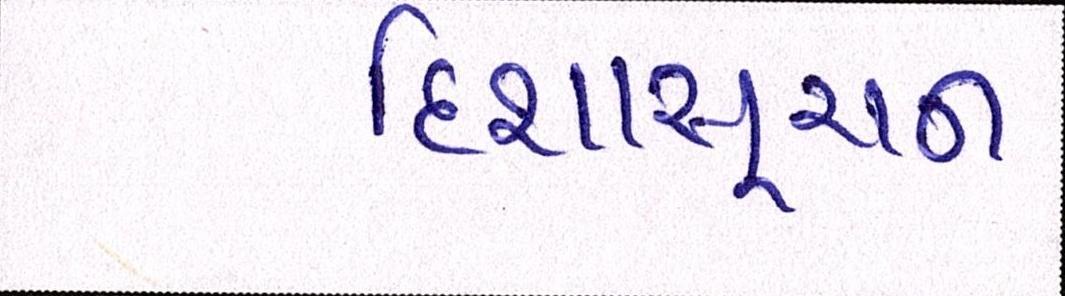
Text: દિશાસૂચન